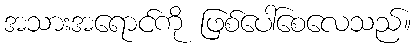
အသားအရောင်ကို ဖြစ်ပေါ်စေလေသည်။